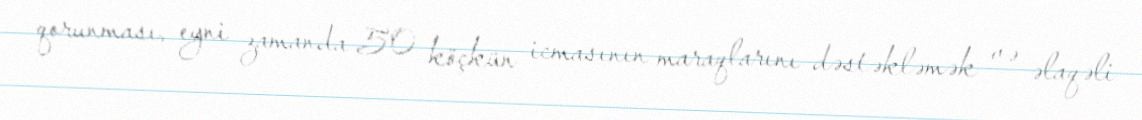
qorunması, eyni zamanda 50 köçkün icmasının maraqlarını dəstəkləmək və əlaqəli